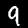
Label: 9